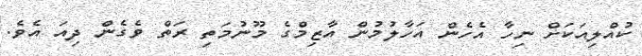
ކުއްލިއަކަށް ނިހާ އެހެން އަހާލުމުން އާޒިމްގެ މޫނުމަތި ރަތް ވެގެން ދިއަ އެވެ.